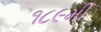
૧૮૯મી